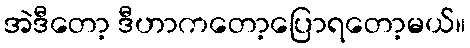
အဲဒီတော့ ဒီဟာကတော့ပြောရတော့မယ်။